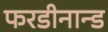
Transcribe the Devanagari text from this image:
फरडीनान्ड